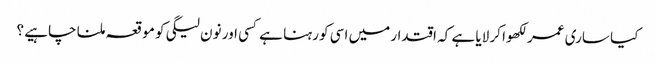
کیا ساری عمر لکھوا کر لایا ہے کہ اقتدار میں اسی کو رہنا ہے کسی اور نون لیگی کو موقعہ ملنا چاہیے ؟